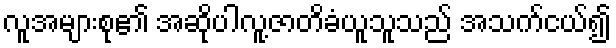
လူအများစု၏ အဆိုပါလူ့ဇာတိခံယူသူသည် အသက်ငယ်၍